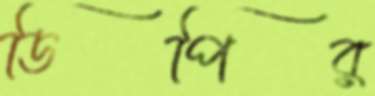
ডিপির